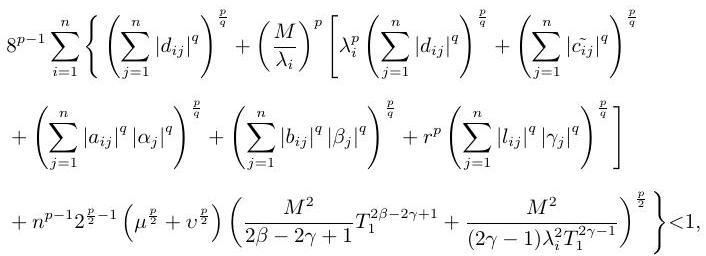
\[
\begin{align*}
&8^{p - 1}\sum_{i = 1}^{n}\left\{\left(\sum_{j = 1}^{n}|d_{ij}|^{q}\right)^{\frac{p}{q}}+\left(\frac{M}{\lambda_{i}}\right)^{p}\left[\lambda_{i}^{p}\left(\sum_{j = 1}^{n}|d_{ij}|^{q}\right)^{\frac{p}{q}}+\left(\sum_{j = 1}^{n}|\widetilde{c}_{ij}|^{q}\right)^{\frac{p}{q}}\right.\right.\\
&+\left(\sum_{j = 1}^{n}|a_{ij}|^{q}|\alpha_{j}|^{q}\right)^{\frac{p}{q}}+\left(\sum_{j = 1}^{n}|b_{ij}|^{q}|\beta_{j}|^{q}\right)^{\frac{p}{q}}+r^{p}\left(\sum_{j = 1}^{n}|l_{ij}|^{q}|\gamma_{j}|^{q}\right)^{\frac{p}{q}}\Bigg]\\
&+n^{p - 1}2^{\frac{p}{2}-1}\left(\mu^{\frac{p}{2}}+v^{\frac{p}{2}}\right)\left(\frac{M^{2}}{2\beta - 2\gamma+1}T_{1}^{2\beta - 2\gamma+1}+\frac{M^{2}}{(2\gamma - 1)\lambda_{i}^{2}}T_{1}^{2\gamma - 1}\right)^{\frac{p}{2}}\Bigg\}<1,
\end{align*}
\]